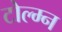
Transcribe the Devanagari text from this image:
टोल्म्न